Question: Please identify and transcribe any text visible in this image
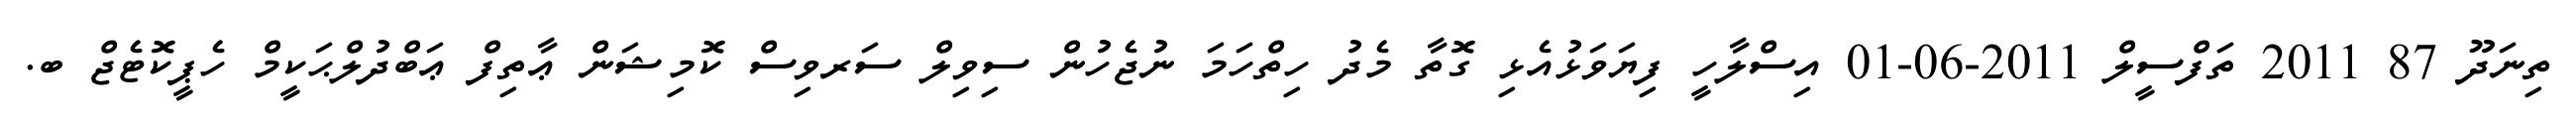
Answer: ތިނަދޫ 87 2011 ތަފްސީލް 2011-06-01 އިސްލާހީ ފިޔަވަޅުއެޅި ގޮތާ މެދު ހިތްހަމަ ނުޖެހުން ސިވިލް ސަރވިސް ކޮމިޝަން ޢާތިފް ޢަބްދުލްޙަކީމް ހެޕީކޮޓެޖް ބ.